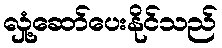
လှုံ့ဆော်ပေးနိုင်သည်